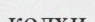
колхи